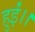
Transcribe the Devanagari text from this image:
हुईं।।